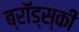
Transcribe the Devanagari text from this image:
ब्रॉड्स्की